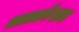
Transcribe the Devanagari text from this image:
आल्टरेशन